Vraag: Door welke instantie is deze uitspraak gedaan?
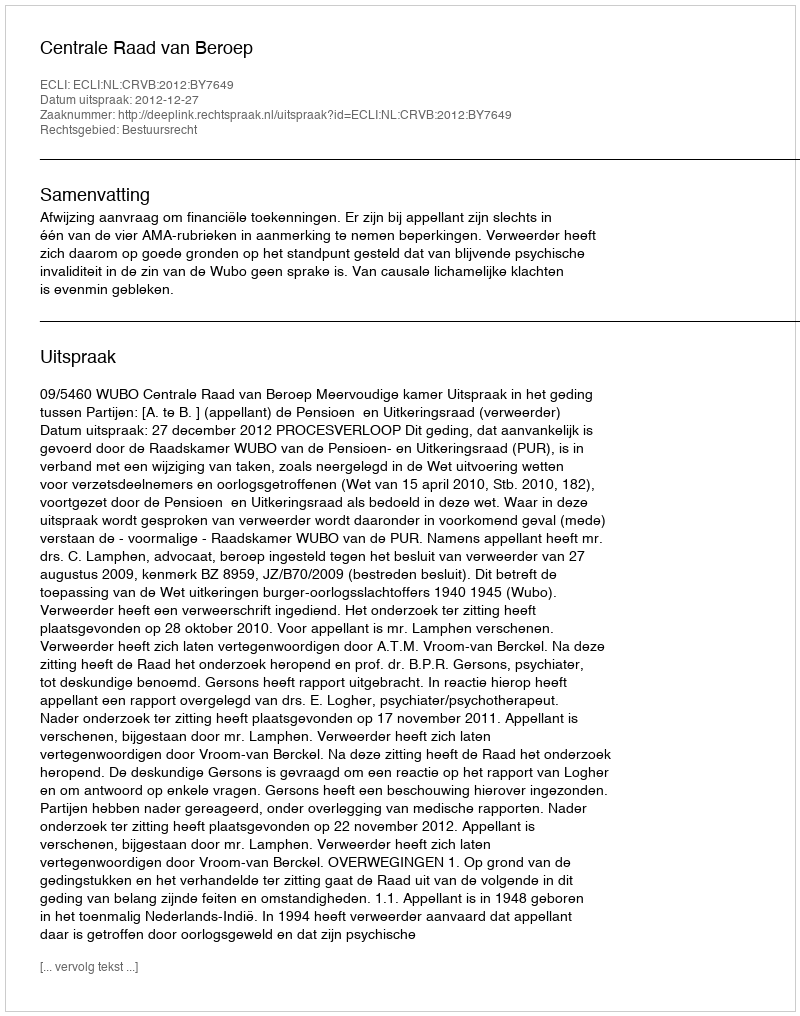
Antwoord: Centrale Raad van Beroep